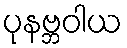
ပုနဗ္ဘဝါယ